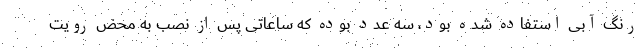
رنگ آبی استفاده شده بود، سه عدد بوده که ساعاتی پس از نصب به محض رویت